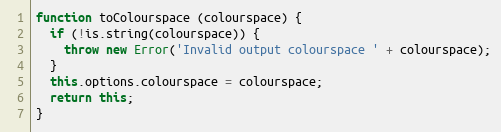
Language: JavaScript
function toColourspace (colourspace) {
  if (!is.string(colourspace)) {
    throw new Error('Invalid output colourspace ' + colourspace);
  }
  this.options.colourspace = colourspace;
  return this;
}